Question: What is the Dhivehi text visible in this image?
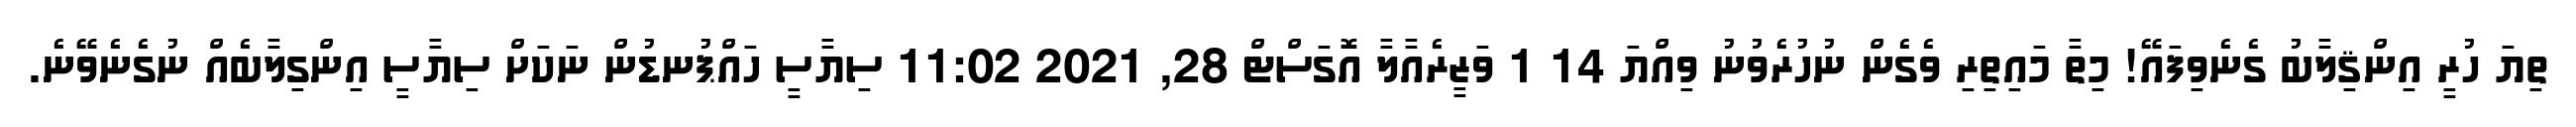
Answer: ތިޔަ ހުރީ އިންޤިލާބު ގެނެވިފައޭ! މިތާ މައިތިރި ވެގެން ނުހުރެވުނު ވިއްޔަ 14 1 ވަޒީރެއާލާ އޮގަސްޓް 28, 2021 11:02 ސިޔާސީ ހައްޕުނޑުން ނަކަށް ސިޔާސީ އިންގިލާބެއް ނުގެނެވޭނެ.